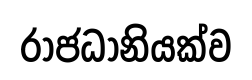
රාජධානියක්ව